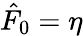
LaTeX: \hat{F}_{0}=\eta